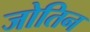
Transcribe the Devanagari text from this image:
जोतिन